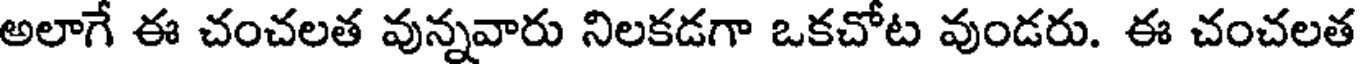
అలాగే ఈ చంచలత వున్నవారు నిలకడగా ఒకచోట వుండరు. ఈ చంచలత